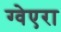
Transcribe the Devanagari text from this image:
ग्वेएरा